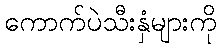
ကောက်ပဲသီးနှံများကို